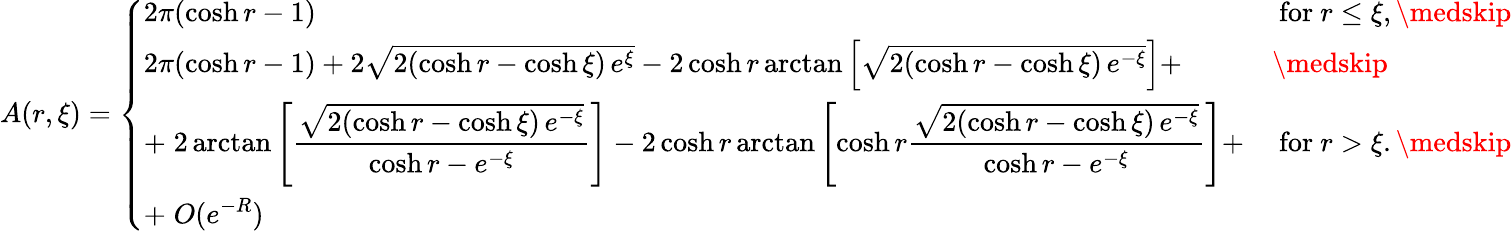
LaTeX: A(r,\xi)=\left\{ \begin{array}{ll}{2\pi(\cosh r-1)}&{\mathrm{~for~}r\leq\xi,\medskip}\\ {2\pi(\cosh r-1)+2\sqrt{2(\cosh r-\cosh\xi)\, e^{\xi}}-2\cosh r\arctan\left[\sqrt{2(\cosh r-\cosh\xi)\, e^{-\xi}}\right]+}&{\medskip}\\ {\displaystyle+\; 2\arctan\left[\frac{\sqrt{2(\cosh r-\cosh\xi)\, e^{-\xi}}}{\cosh r-e^{-\xi}}\right]-2\cosh r\arctan\left[\cosh r\frac{\sqrt{2(\cosh r-\cosh\xi)\, e^{-\xi}}}{\cosh r-e^{-\xi}}\right]+}&{\mathrm{~for~}r>\xi.\medskip}\\ {\displaystyle+\; O(e^{-R})}&\end{array}\right.